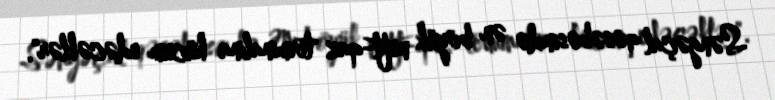
Səngəçal qəsəbəsində ən böyük neft-qaz terminalına hücum edəcəklər".